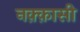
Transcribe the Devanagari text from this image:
नक़्क़ासी